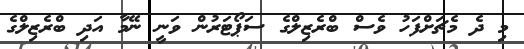
މި ދެ މެޗަށްފަހު ވެސް ބްރެޒިލްގެ ސަޕޯޓަރުން ވަނީ ނޭމާ އަދި ބްރެޒިލްގެ